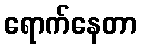
ရောက်နေတာ